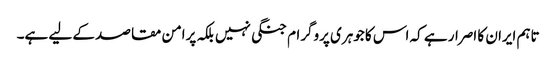
تاہم ایران کا اصرار ہے کہ اس کا جوہری پروگرام جنگی نہیں بلکہ پرامن مقاصد کے لیے ہے۔